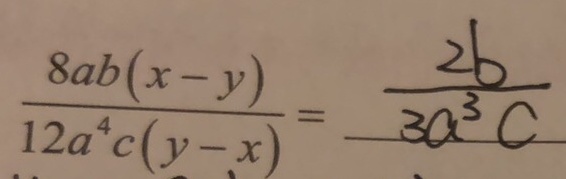
\frac { 8 a b ( x - y ) } { 1 2 a ^ { 4 } c ( y - x ) } = \frac { 2 b } { 3 a ^ { 3 } c }